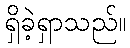
ရှိခဲ့ရှာသည်။